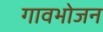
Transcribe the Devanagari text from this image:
गावभोजन